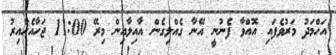
އަހްމަދު މަރުވެފައި އޮއްވާ ފެނުނީ އޭނާ ގެއްލިގެން އާއިލާއިން މިރޭ 11:00 ޖަހާއެހާއިރު